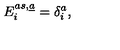
E _ { i } ^ { a s , \underline { { a } } } = \delta _ { i } ^ { a } ,